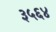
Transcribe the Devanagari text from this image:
३५६४